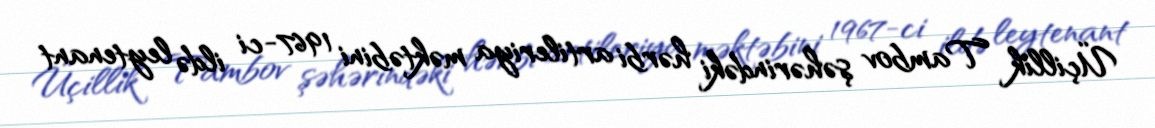
Üçillik Tambov şəhərindəki hərbi artileriya məktəbini 1967-ci ildə leytenant